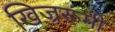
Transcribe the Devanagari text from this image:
खिज्ररूमी